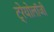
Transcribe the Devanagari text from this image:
ट्रेयोलॉजी